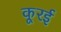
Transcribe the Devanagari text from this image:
कूरई